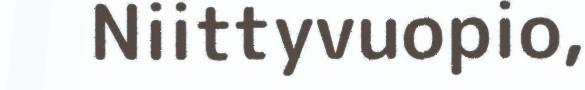
Niittyvuopio,